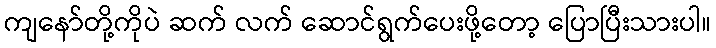
ကျနော်တို့ကိုပဲ ဆက် လက် ဆောင်ရွက်ပေးဖို့တော့ ပြောပြီးသားပါ။